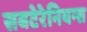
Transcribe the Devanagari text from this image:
सबटेरेनियन्स